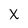
Character: x